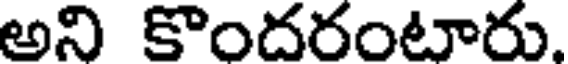
అని కొందరంటారు.